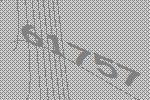
61757